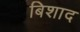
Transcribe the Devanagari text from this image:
बिशाद